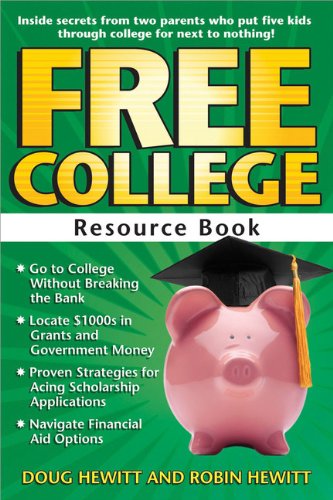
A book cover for Free College Resource Book: Inside Secrets from Two Parents Who Put Five Kids through College for Next to Nothing; Doug Hewitt; Education & Teaching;